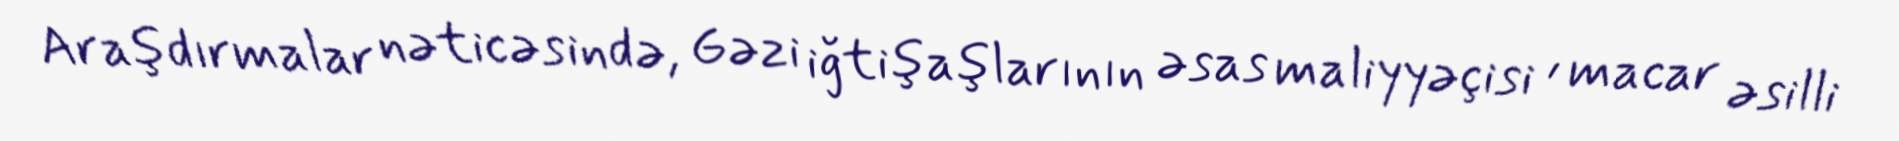
Araşdırmalar nəticəsində, Gəzi iğtişaşlarının əsas maliyyəçisi , macar əsilli